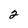
Character: 2